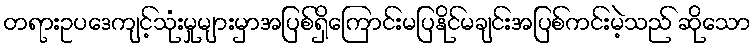
တရားဥပဒေကျင့်သုံးမှုများမှာအပြစ်ရှိကြောင်းမပြနိုင်မချင်းအပြစ်ကင်းမဲ့သည် ဆိုသော